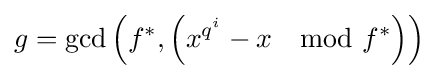
g=\gcd \left(f^{*},\left(x^{q^{i}}-x\mod f^{*}\right)\right)